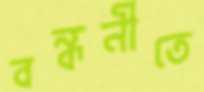
বন্ধনীতে